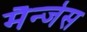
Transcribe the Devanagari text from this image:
मैन्जेस